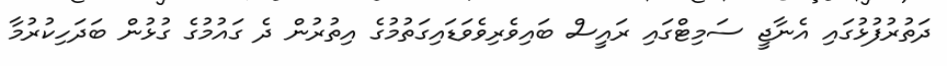
ދަތުރުފުޅުގައި އެނާޖީ ސަމިޓްގައި ރައީސް ބައިވެރިވެވަޑައިގަތުމުގެ އިތުރުން ދެ ގައުމުގެ ގުޅުން ބަދަހިކުރުމާ